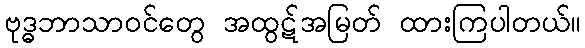
ဗုဒ္ဓဘာသာဝင်တွေ အထွဋ်အမြတ် ထားကြပါတယ်။